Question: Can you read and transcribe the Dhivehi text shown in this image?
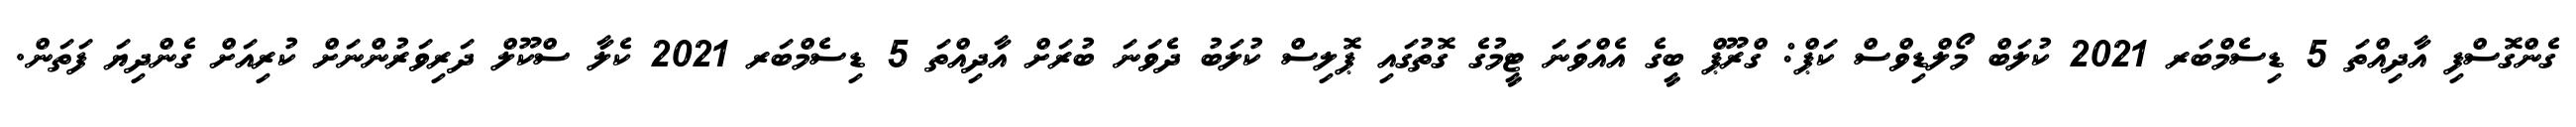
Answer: ގެންގޮސްފި އާދިއްތަ 5 ޑިސެމްބަރ 2021 ކުލަބް މޯލްޑިވްސް ކަޕް: ގްރޫޕް ބީގެ އެއްވަނަ ޓީމުގެ ގޮތުގައި ޕޮލިސް ކުލަބު ދެވަނަ ބުރަށް އާދިއްތަ 5 ޑިސެމްބަރ 2021 ކެލާ ސްކޫލް ދަރިވަރުންނަށް ކުރިއަށް ގެންދިޔަ ފަތަން.